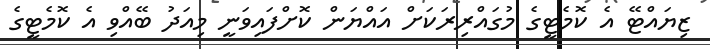
ޒިޔައްޓޭ އެ ކޮމެޓީގެ މުގައްރިރަކަށް އައްޔަން ކޮށްފައިވަނީ މިއަދު ބޭއްވި އެ ކޮމެޓީގެ